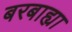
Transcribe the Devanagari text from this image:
बरबाह्या